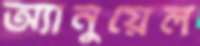
অ্যানুয়েল